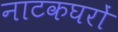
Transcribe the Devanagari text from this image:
नाटकघरों